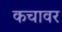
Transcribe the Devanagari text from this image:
कचावर